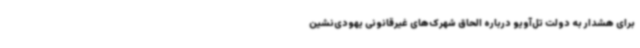
برای هشدار به دولت تل‌آویو درباره الحاق شهرک‌های غیرقانونی یهودی‌نشین